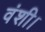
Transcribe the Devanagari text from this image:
वंशी।